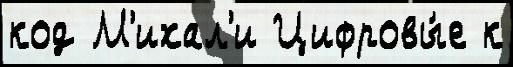
код М'ихал'и Цифровы́е к